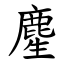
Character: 䴤